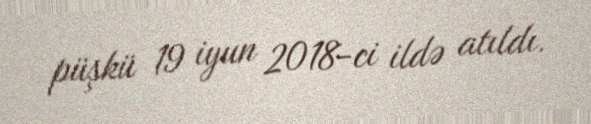
püşkü 19 iyun 2018-ci ildə atıldı.